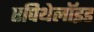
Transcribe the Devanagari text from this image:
एपिथेलॉइड